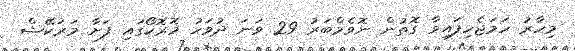
މިހާރު ހަމަޖެހިފައިވާ ގޮތުން ނޮވެމްބަރު 29 ވަނަ ދުވަހު މޮރޮކޯގައި ފަށާ މަރަކޭޝް